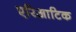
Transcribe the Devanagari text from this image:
एरिआटिक